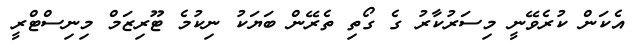
އެކަން ކުރެވޭނީ މިސަރުކާރު ގެ ގޯތި ތެރޭން ބަޔަކު ނިކުމެ ޓޫރިޒަމް މިނިސްޓްރީ